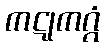
ကဋုကဂ္ဂံ